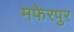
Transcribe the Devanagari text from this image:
मफेरपुर